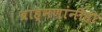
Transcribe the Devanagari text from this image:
ब्राह्मणांनीही